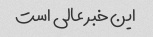
این خبر عالی است